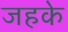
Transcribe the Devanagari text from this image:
जहके